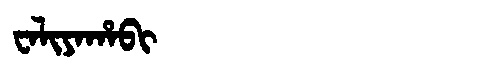
Manchu: ᠸᠠᠯᡳᠶᠠᡥᠠᠪᡳ
Romanization: WALIYAHABI